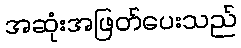
အဆုံးအဖြတ်ပေးသည်